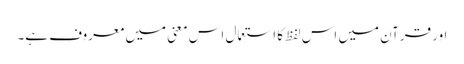
اور قرآن میں اس لفظ کا استعمال اس معنی میں معروف ہے۔